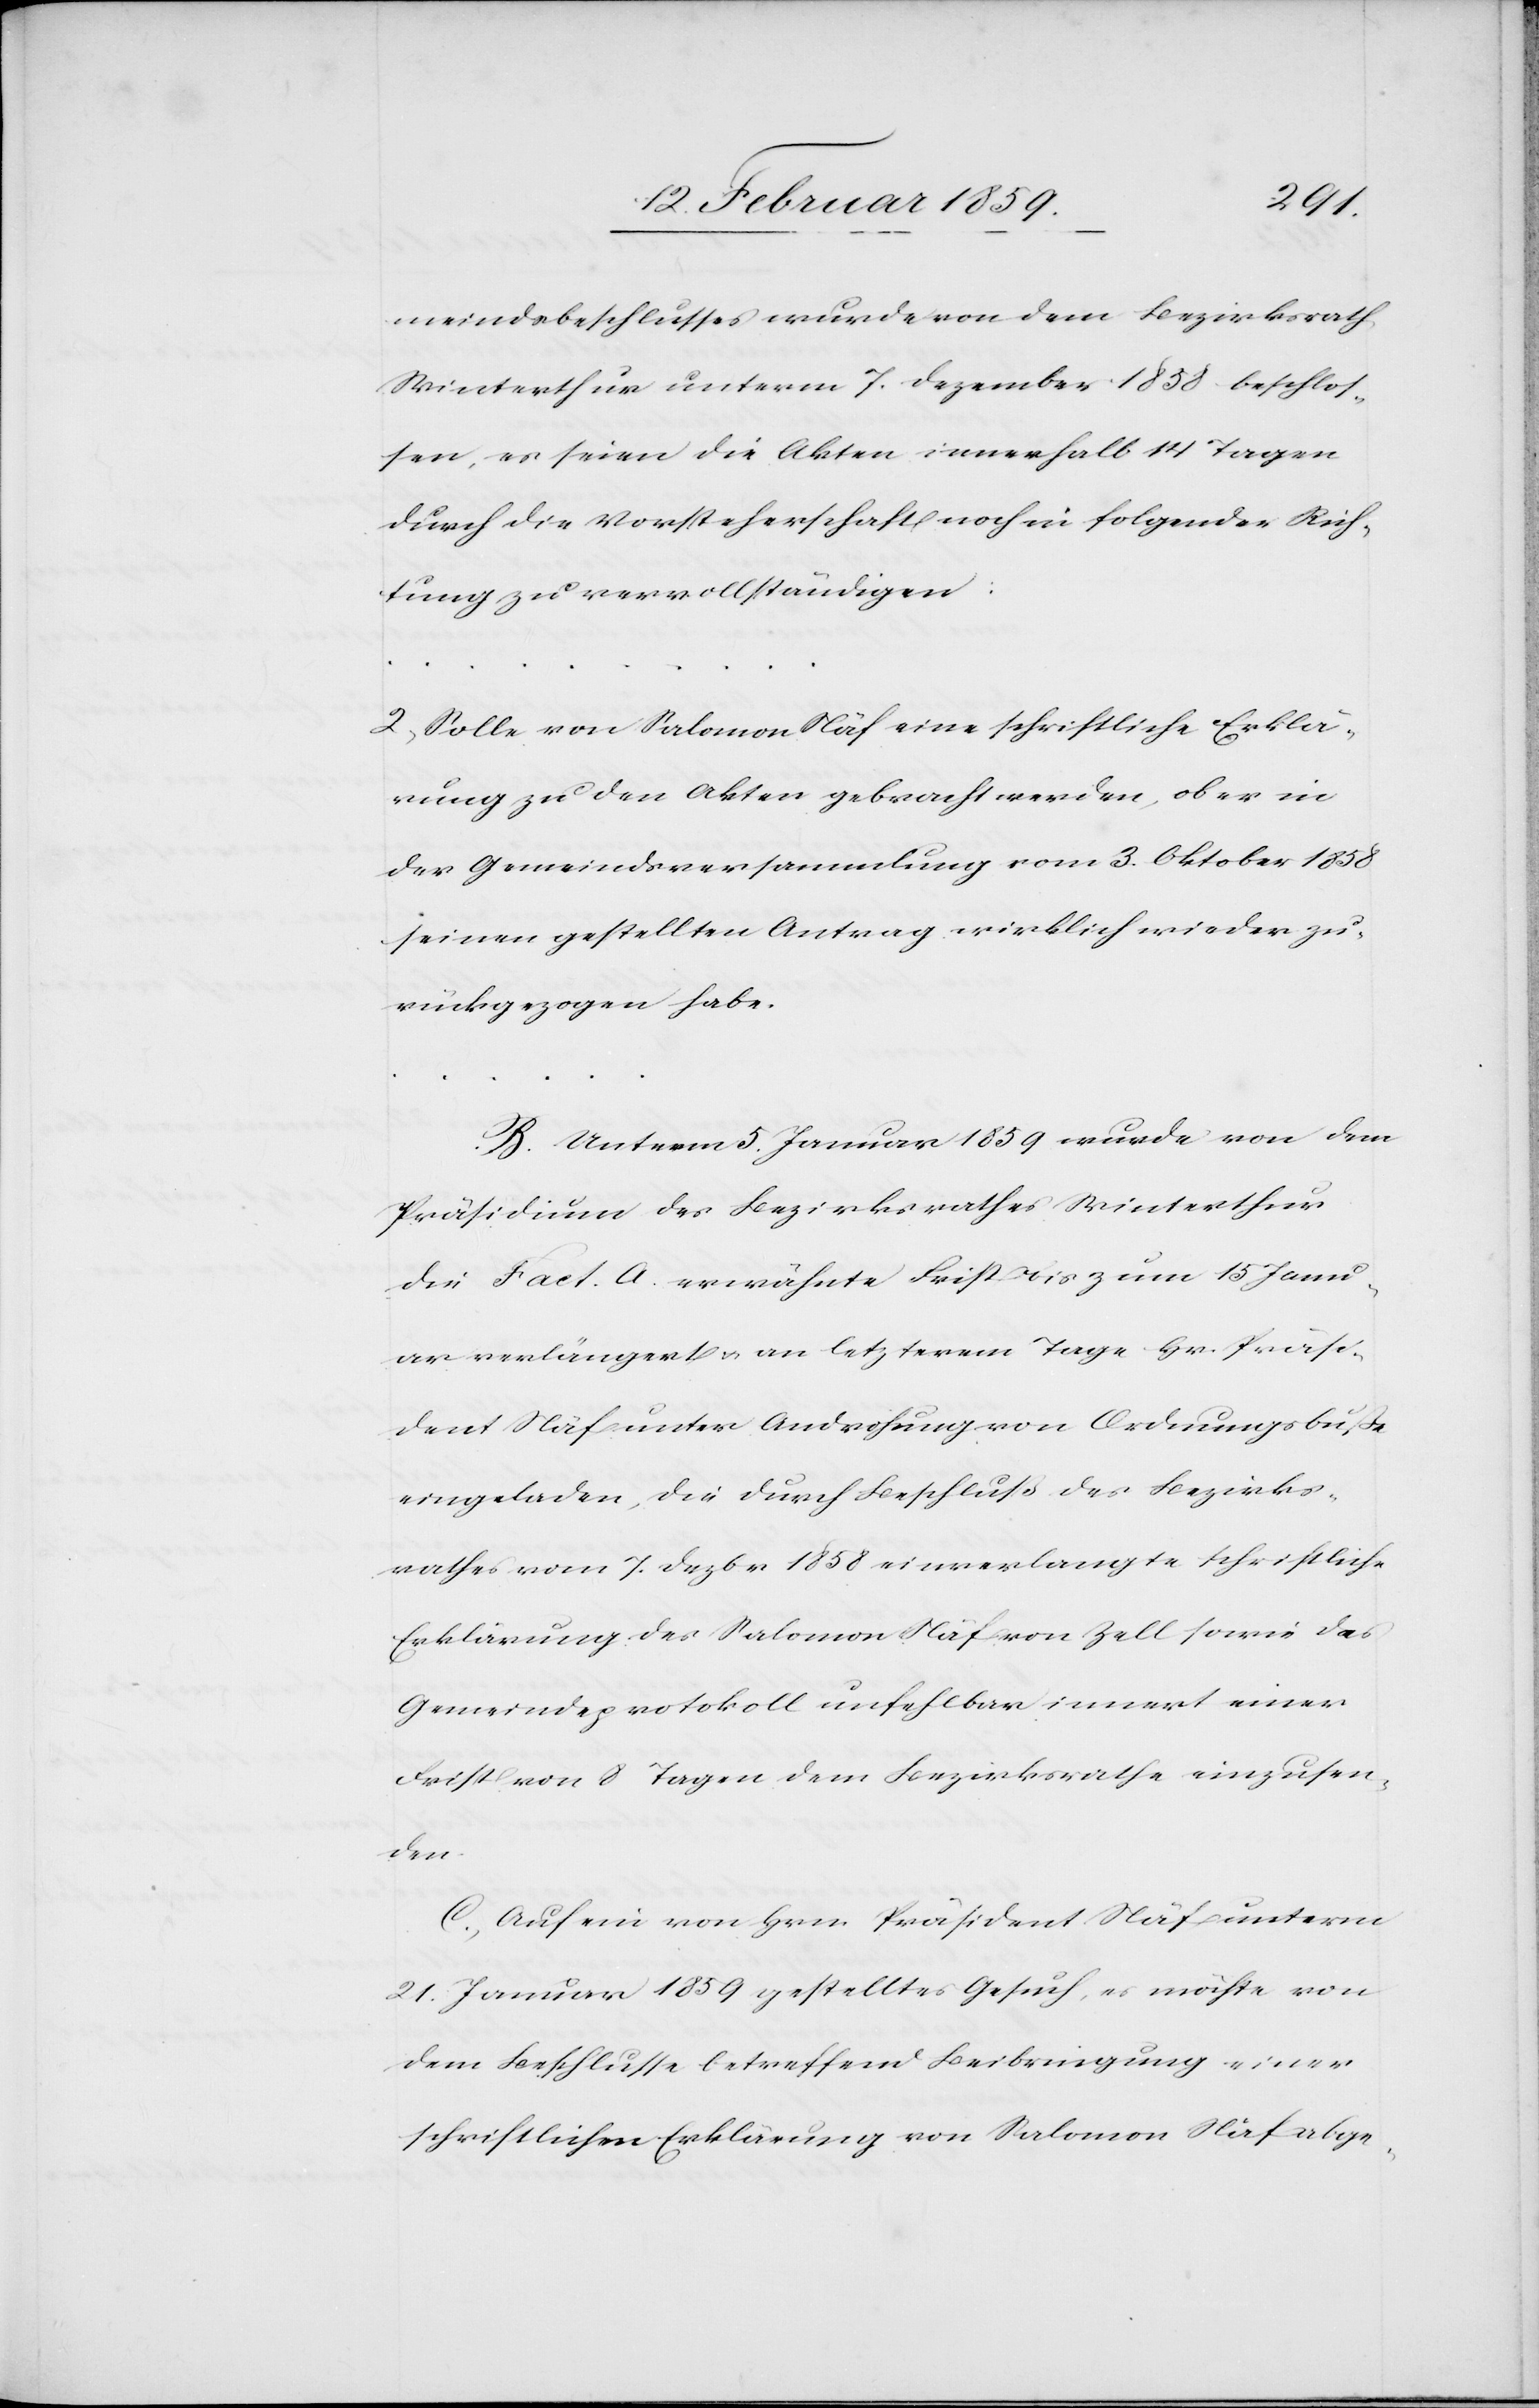
meindsbeschlusses wurde von dem Bezirksrath
Winterthur unterm 7. Dezember 1858 beschlos¬
sen, es seien die Akten innerhalb 14 Tagen
durch die Vorsteherschaft noch in folgender Rich¬
tung zu vervollständigen:
2, Solle von Salomon Näf eine schriftliche Erklä¬
rung zu den Akten gebracht werden, ob er in
der Gemeindsversammlung vom 3. Oktober 1858
seinen gestellten Antrag wirklich wieder zu¬
rückgezogen habe.
B. Unterm 5. Januar 1859 wurde von dem
Präsidenten des Bezirksrathes Winterthur
die Fact. A. erwähnte Frist bis zum 15 Janu¬
ar verlängert u. an letzterem Tage Hr. Präsi¬
dent Näf unter Androhung von Ordnungsbuße
eingeladen, die durch Beschluß des Bezirks¬
rathes vom 7. Dezbr 1858 einverlangte schriftliche
Erklärung des Salomon Näf von Zell sowie das
Gemeindeprotokoll unfehlbar innert einer
Frist von 8 Tagen dem Bezirksrathe einzusen¬
den.
C. Auf ein von Hrn. Präsident Näf unterm
21. Januar 1859 gestelltes Gesuch, es möchte von
dem Beschlusse betreffend Beibringung einer
schriftlichen Erklärung von Salomon Näf abge-